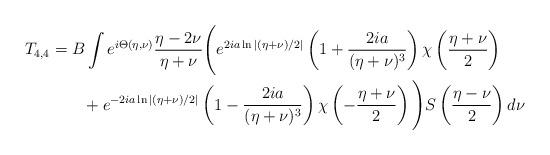
LaTeX: \begin{align*}T_{4,4} &= B\int e^{i\Theta(\eta,\nu)}\frac{\eta-2\nu}{\eta+\nu}\Bigg(e^{2ia\ln|(\eta+\nu)/2|}\left(1+\frac{2ia}{(\eta+\nu)^3}\right)\chi\left( \frac{\eta+\nu}{2}\right)\\&\qquad+ e^{-2ia\ln|(\eta+\nu)/2|}\left(1-\frac{2ia}{(\eta+\nu)^3}\right)\chi\left( -\frac{\eta+\nu}{2}\right)\Bigg) S\left(\frac{\eta-\nu}{2}\right)d\nu\end{align*}